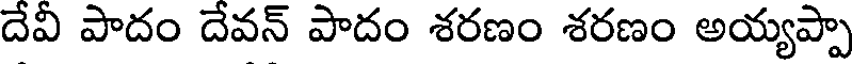
దేవీ పాదం దేవన్ పాదం శరణం శరణం అయ్యప్పా